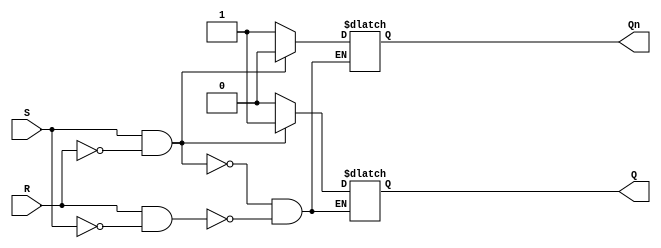
module basic_sr_flipflop (
    input S,
    input R,
    output reg Q,
    output reg Qn
);

always @ (S, R) begin
    if (S && !R) begin
        Q <= 1;
        Qn <= 0;
    end else if (R && !S) begin
        Q <= 0;
        Qn <= 1;
    end
end

endmodule